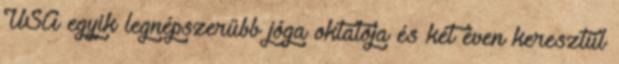
USA egyik legnépszerűbb jóga oktatója és két éven keresztül